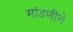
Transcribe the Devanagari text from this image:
मांडणीने